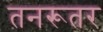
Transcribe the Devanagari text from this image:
तनरूतर